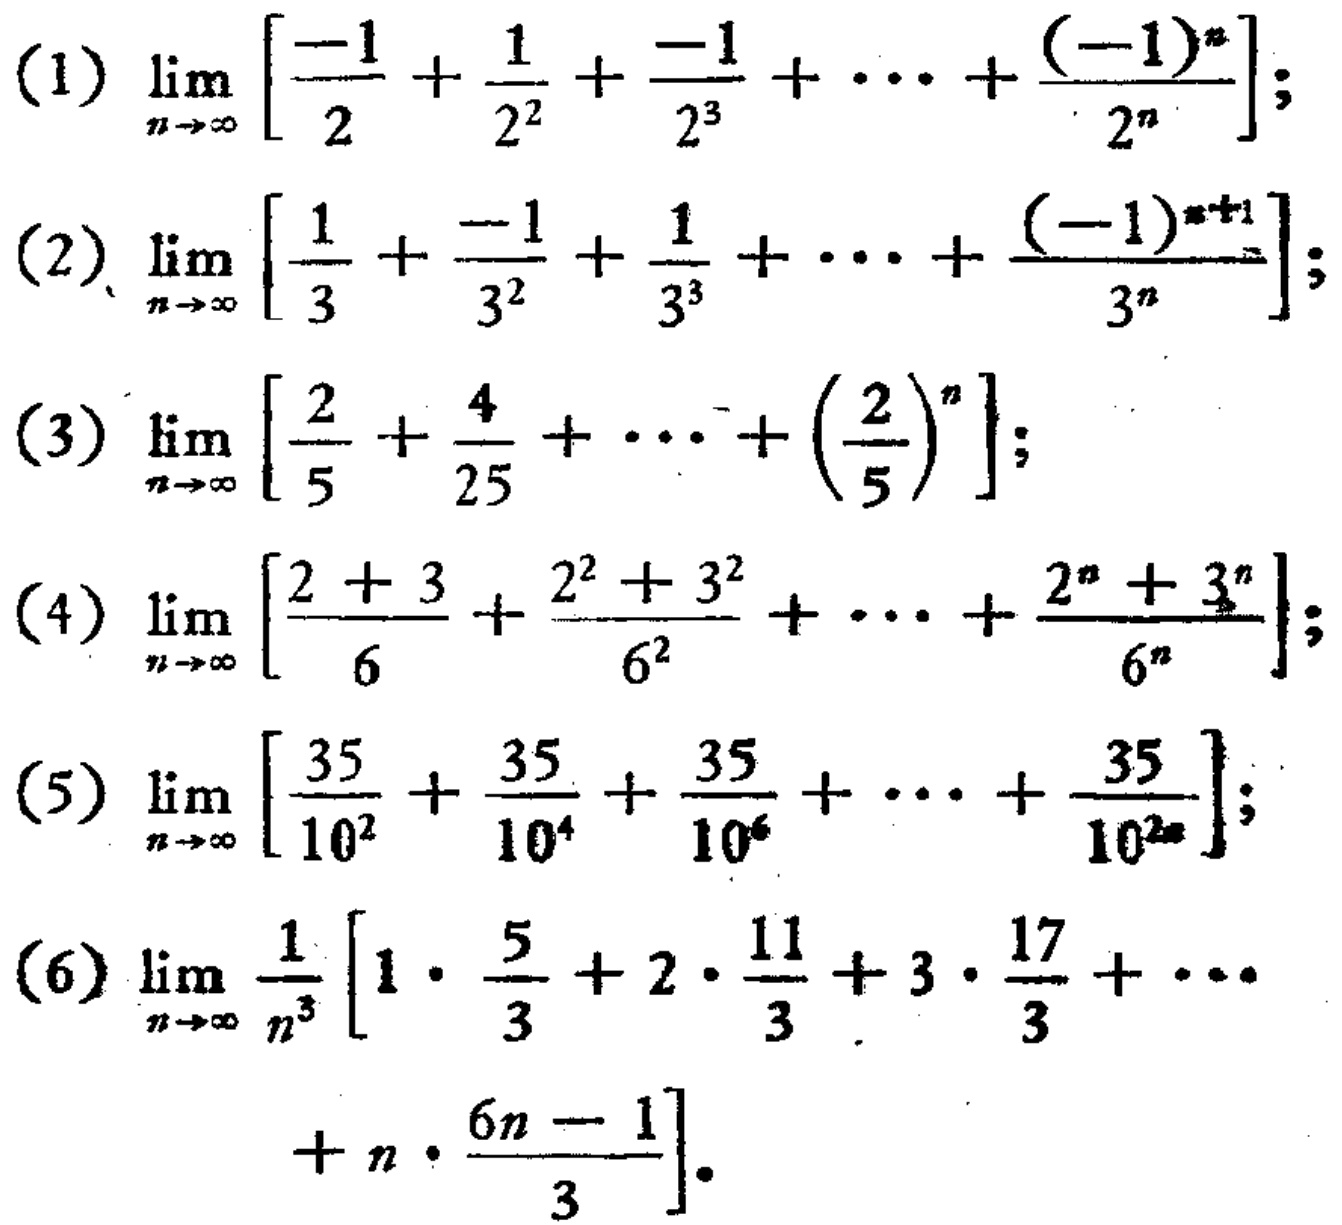
(1) \(\lim_{n \to \infty} \left[\frac{-1}{2}+\frac{1}{2^{2}}+\frac{-1}{2^{3}}+\cdots+\frac{(-1)^{n}}{2^{n}}\right]\);

(2) \(\lim_{n \to \infty} \left[\frac{1}{3}+\frac{-1}{3^{2}}+\frac{1}{3^{3}}+\cdots+\frac{(-1)^{n + 1}}{3^{n}}\right]\);

(3) \(\lim_{n \to \infty} \left[\frac{2}{5}+\frac{4}{25}+\cdots+\left(\frac{2}{5}\right)^{n}\right]\);

(4) \(\lim_{n \to \infty} \left[\frac{2 + 3}{6}+\frac{2^{2}+3^{2}}{6^{2}}+\cdots+\frac{2^{n}+3^{n}}{6^{n}}\right]\);

(5) \(\lim_{n \to \infty} \left[\frac{35}{10^{2}}+\frac{35}{10^{4}}+\frac{35}{10^{6}}+\cdots+\frac{35}{10^{2n}}\right]\);

(6) \(\lim_{n \to \infty} \frac{1}{n^{3}}\left[1\cdot\frac{5}{3}+2\cdot\frac{11}{3}+3\cdot\frac{17}{3}+\cdots + n\cdot\frac{6n - 1}{3}\right]\).